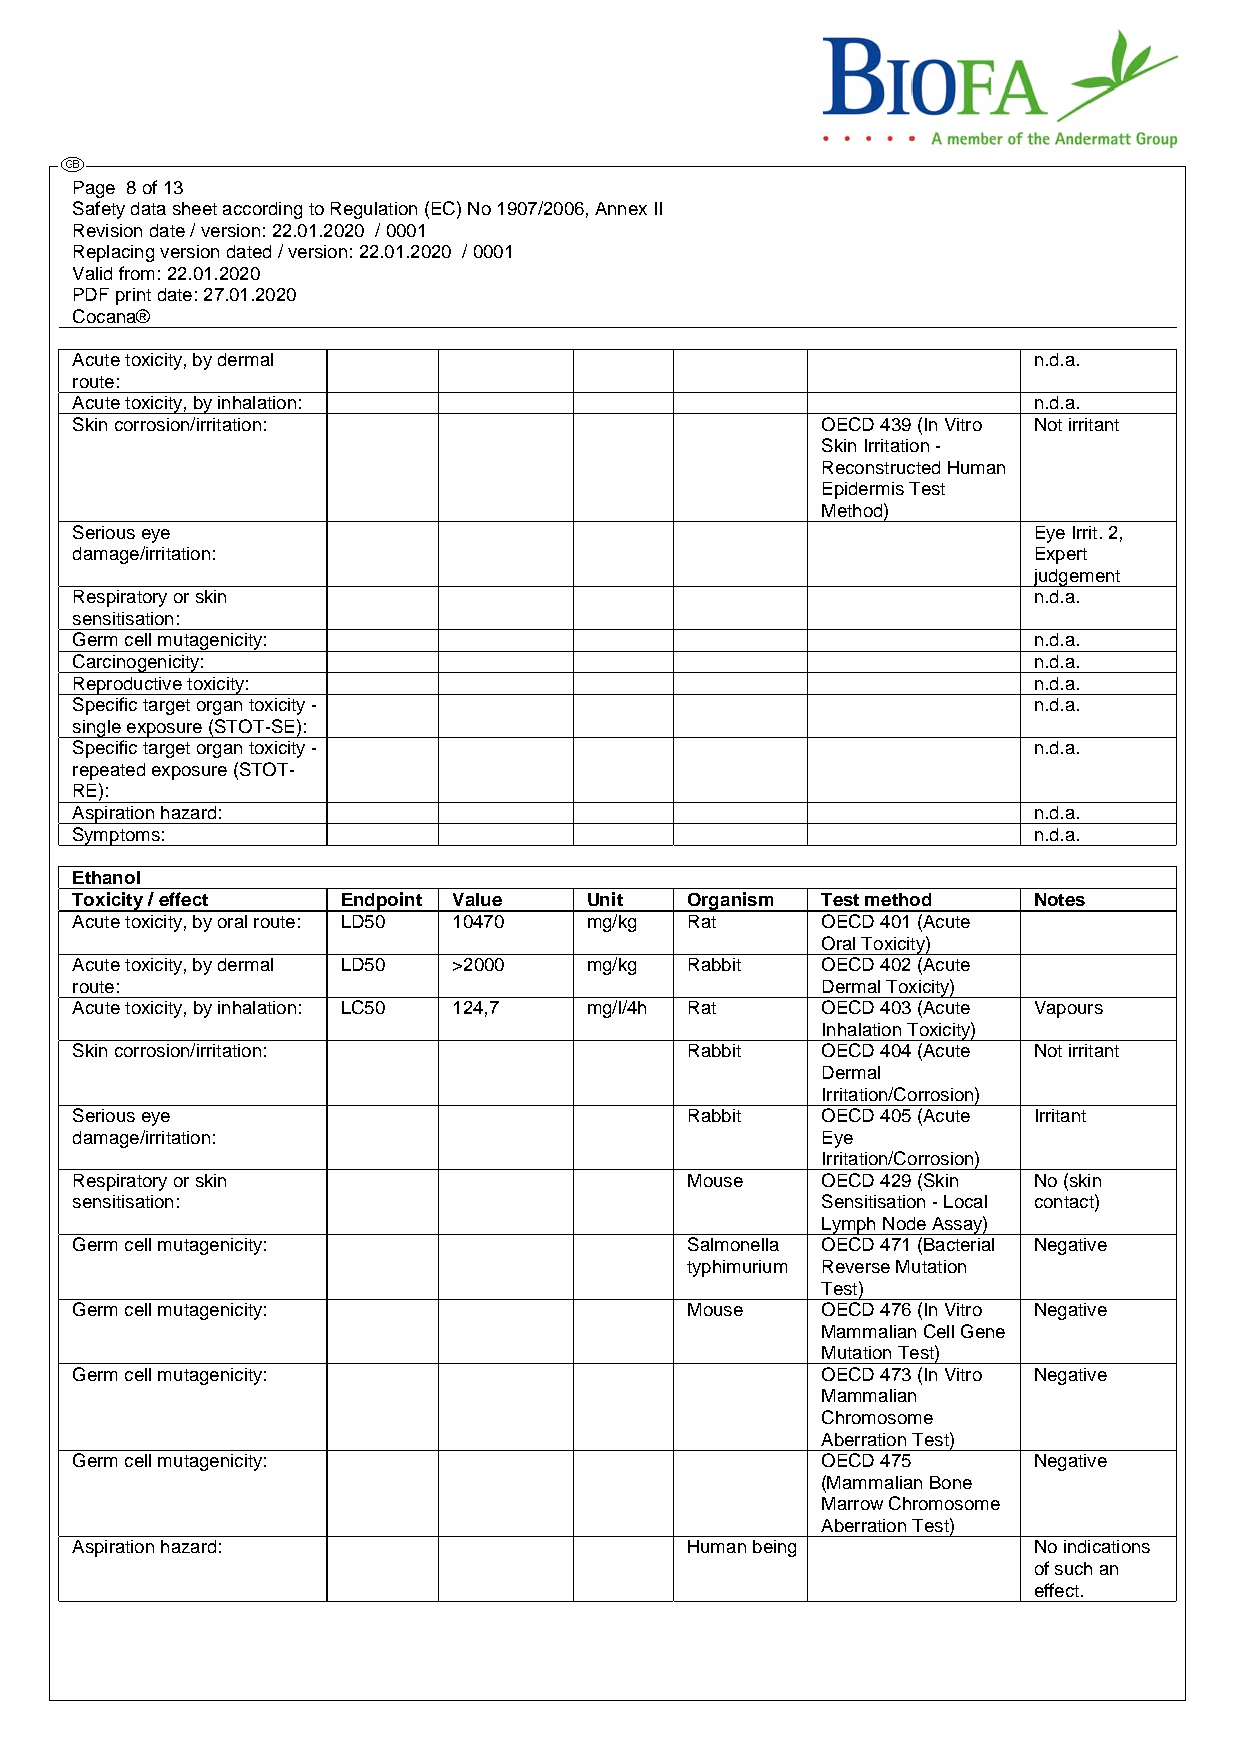
Page 8 of 13
 Safety data sheet according to Regulation (EC) No 1907/2006, Annex II
 Revision date / version: 22.01.2020 / 0001
 Replacing version dated / version: 22.01.2020 / 0001
 Valid from: 22.01.2020
 PDF print date: 27.01.2020
 Cocana®
 Acute toxicity, by dermal                                      n.d.a.
 route:
 Acute toxicity, by inhalation:                                 n.d.a.
 Skin corrosion/irritation:                       OECD 439 (In Vitro Not irritant
 Skin Irritation -
 Reconstructed Human
 Epidermis Test
 Method)
 Serious eye                                                    Eye Irrit. 2,
 damage/irritation:                                             Expert
 judgement
 Respiratory or skin                                            n.d.a.
 sensitisation:
 Germ cell mutagenicity:                                        n.d.a.
 Carcinogenicity:                                               n.d.a.
 Reproductive toxicity:                                         n.d.a.
 Specific target organ toxicity -                               n.d.a.
 single exposure (STOT-SE):
 Specific target organ toxicity -                               n.d.a.
 repeated exposure (STOT-
 RE):
 Aspiration hazard:                                             n.d.a.
 Symptoms:                                                      n.d.a.
 Ethanol
 Toxicity / effect Endpoint Value  Unit  Organism Test method   Notes
 Acute toxicity, by oral route: LD50 10470 mg/kg Rat OECD 401 (Acute
 Oral Toxicity)
 Acute toxicity, by dermal LD50 >2000 mg/kg Rabbit OECD 402 (Acute
 route:                                           Dermal Toxicity)
 Acute toxicity, by inhalation: LC50 124,7 mg/l/4h Rat OECD 403 (Acute Vapours
 Inhalation Toxicity)
 Skin corrosion/irritation:              Rabbit   OECD 404 (Acute Not irritant
 Dermal
 Irritation/Corrosion)
 Serious eye                             Rabbit   OECD 405 (Acute Irritant
 damage/irritation:                               Eye
 Irritation/Corrosion)
 Respiratory or skin                     Mouse    OECD 429 (Skin No (skin
 sensitisation:                                   Sensitisation - Local contact)
 Lymph Node Assay)
 Germ cell mutagenicity:                 Salmonella OECD 471 (Bacterial Negative
 typhimurium Reverse Mutation
 Test)
 Germ cell mutagenicity:                 Mouse    OECD 476 (In Vitro Negative
 Mammalian Cell Gene
 Mutation Test)
 Germ cell mutagenicity:                          OECD 473 (In Vitro Negative
 Mammalian
 Chromosome
 Aberration Test)
 Germ cell mutagenicity:                          OECD 475      Negative
 (Mammalian Bone
 Marrow Chromosome
 Aberration Test)
 Aspiration hazard:                      Human being            No indications
 of such an
 effect.